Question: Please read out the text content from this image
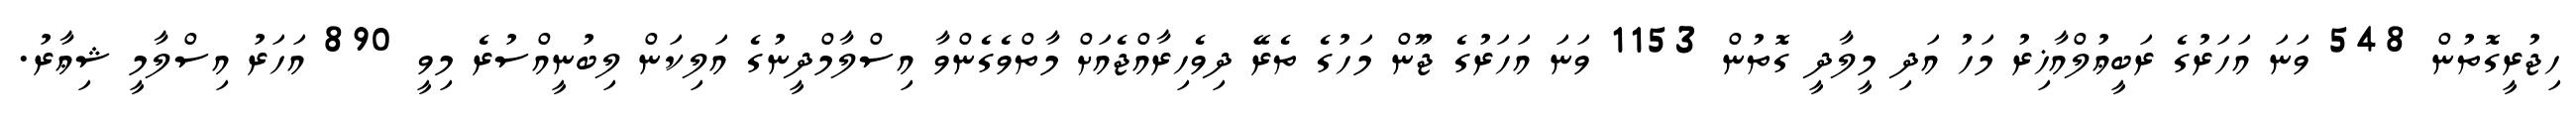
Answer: ހިޖުރީގޮތުން 548 ވަނަ އަހަރުގެ ރަބީޢުލްއާޚިރު މަހު އަދި މީލާދީ ގޮތުން 1153 ވަނަ އަހަރުގެ ޖޫން މަހުގެ ތެރޭ ދިވެހިރާއްޖެއަށް މާތްވެގެންވާ އިސްލާމްދީނުގެ އަލިކަން ލިބުނީއްސުރެ މިވީ 890 އަހަރު އިސްލާމީ ޝިޢާރު.